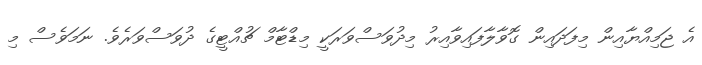
އެ ޖަމިއްޔާއިން މިފަދައިން ގޮވާލާފައިވާއިރު މިދުވަސްވަރަކީ މިޑްޓާމް ޗުއްޓީގެ ދުވަސްވަރެވެ. ނަމަވެސް މި